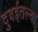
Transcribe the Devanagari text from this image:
दुबईतल्या